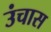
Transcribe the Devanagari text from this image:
उंचास